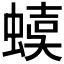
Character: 𧍩